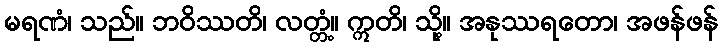
မရဏံ၊ သည်။ ဘဝိဿတိ၊ လတ္တံ့။ ဣတိ၊ သို့။ အနုဿရတော၊ အဖန်ဖန်